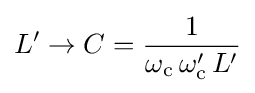
L'\to C={\frac {1}{\omega _{\text{c}}\,\omega _{\text{c}}'\,L'}}